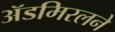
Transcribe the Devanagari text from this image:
ॲडमिरलने